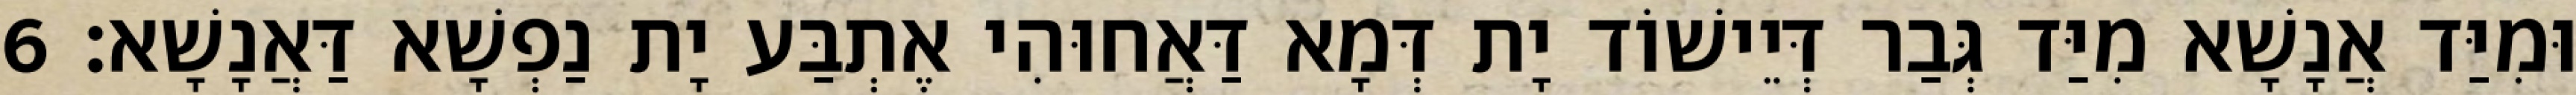
וּמִיַּד אֲנָשָׁא מִיַּד גְּבַר דְּיֵישׁוֹד יָת דְּמָא דַּאֲחוּהִי אֶתְבַּע יָת נַפְשָׁא דַּאֲנָשָׁא׃ 6